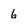
Character: 6